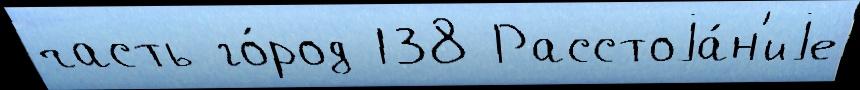
часть го́род 138 Расстоjа́н'иjе